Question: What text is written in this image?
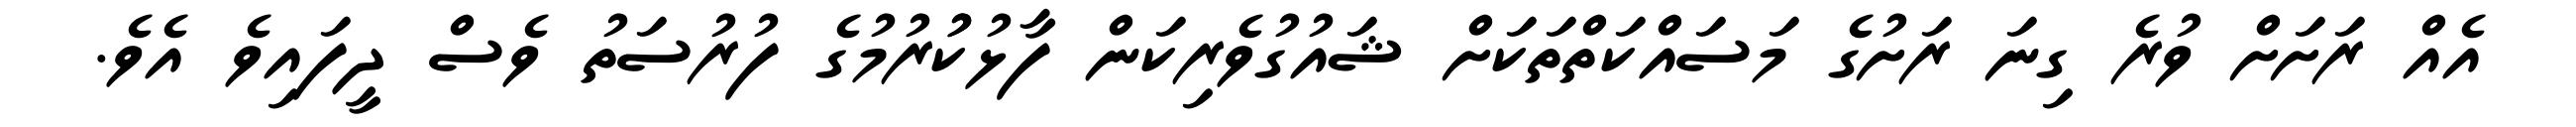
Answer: އެއް ރަށަށް ވުރެ ގިނަ ރަށުގެ މަސައްކަތްތަކަށް ޝައުގުވެރިކަން ފާޅުކުުރުމުގެ ފުރުސަތު ވެސް ދީފައިވެ އެވެ.